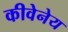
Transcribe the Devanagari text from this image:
कीवेनेय